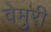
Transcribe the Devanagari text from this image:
वेमुरी